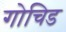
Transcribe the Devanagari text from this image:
गोचिड